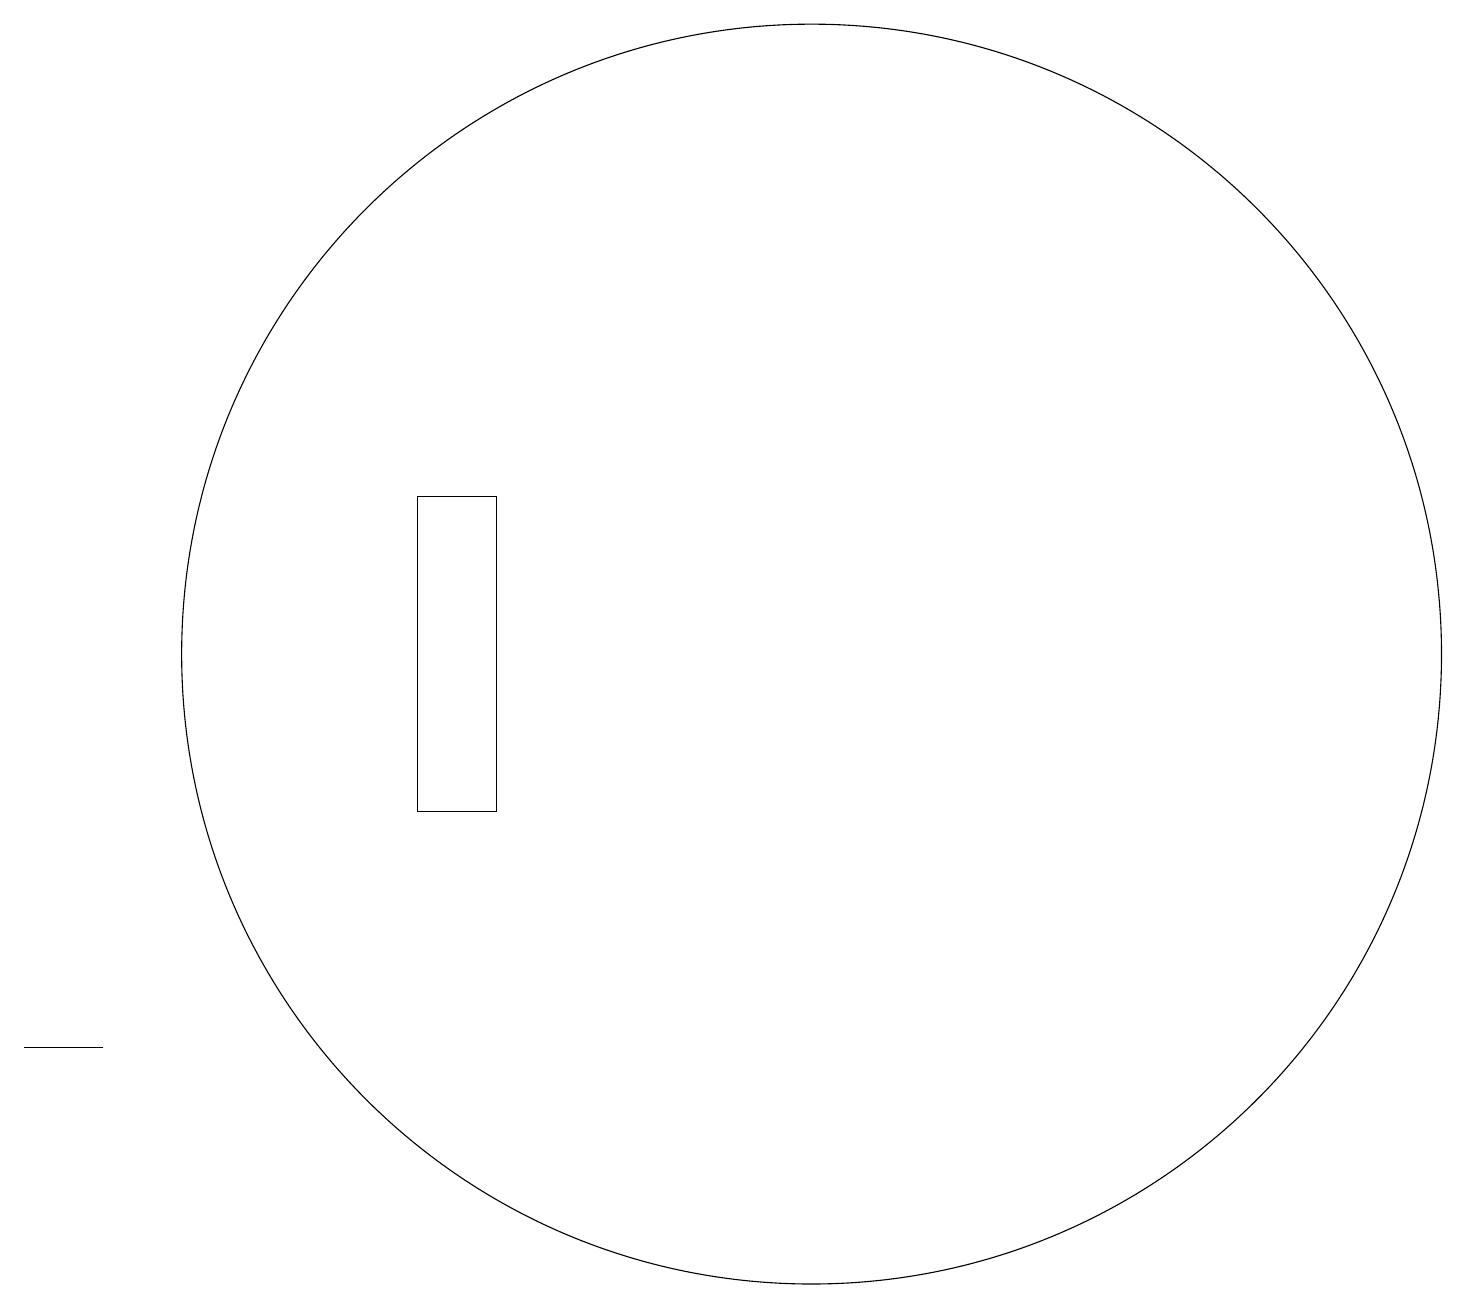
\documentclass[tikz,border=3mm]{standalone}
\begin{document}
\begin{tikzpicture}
\draw (10,12) circle (8);
\draw (6,14) rectangle (5,10);
\draw (1,7) -- (1,7) -- (0,7) -- cycle;
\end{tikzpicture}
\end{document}